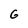
Character: G